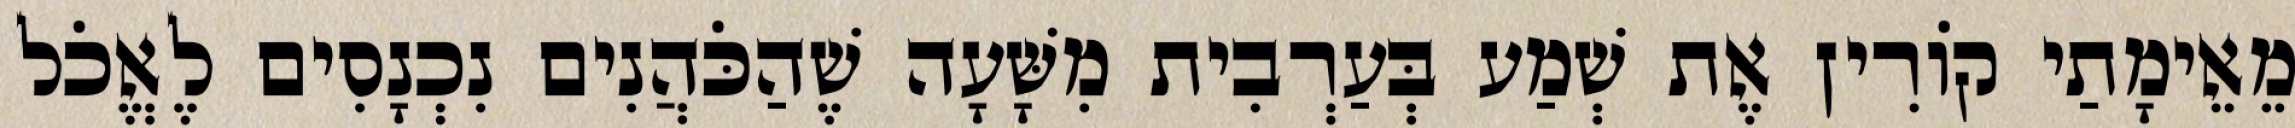
מֵאֵימָתַי קוֹרִין אֶת שְׁמַע בְּעַרְבִית מִשָּׁעָה שֶׁהַכֹּהֲנִים נִכְנָסִים לֶאֱכֹל